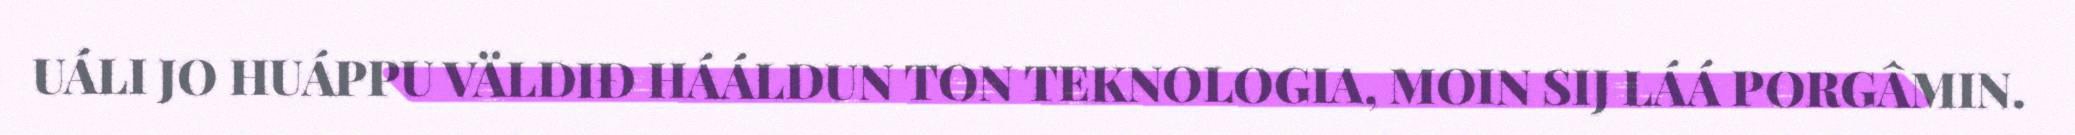
UÁLI JO HUÁPPU VÄLDIĐ HÁÁLDUN TON TEKNOLOGIA, MOIN SIJ LÁÁ PORGÂMIN.